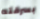
بسرقته